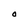
Character: O